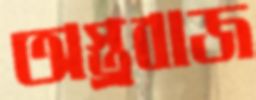
অস্ত্রবাজ